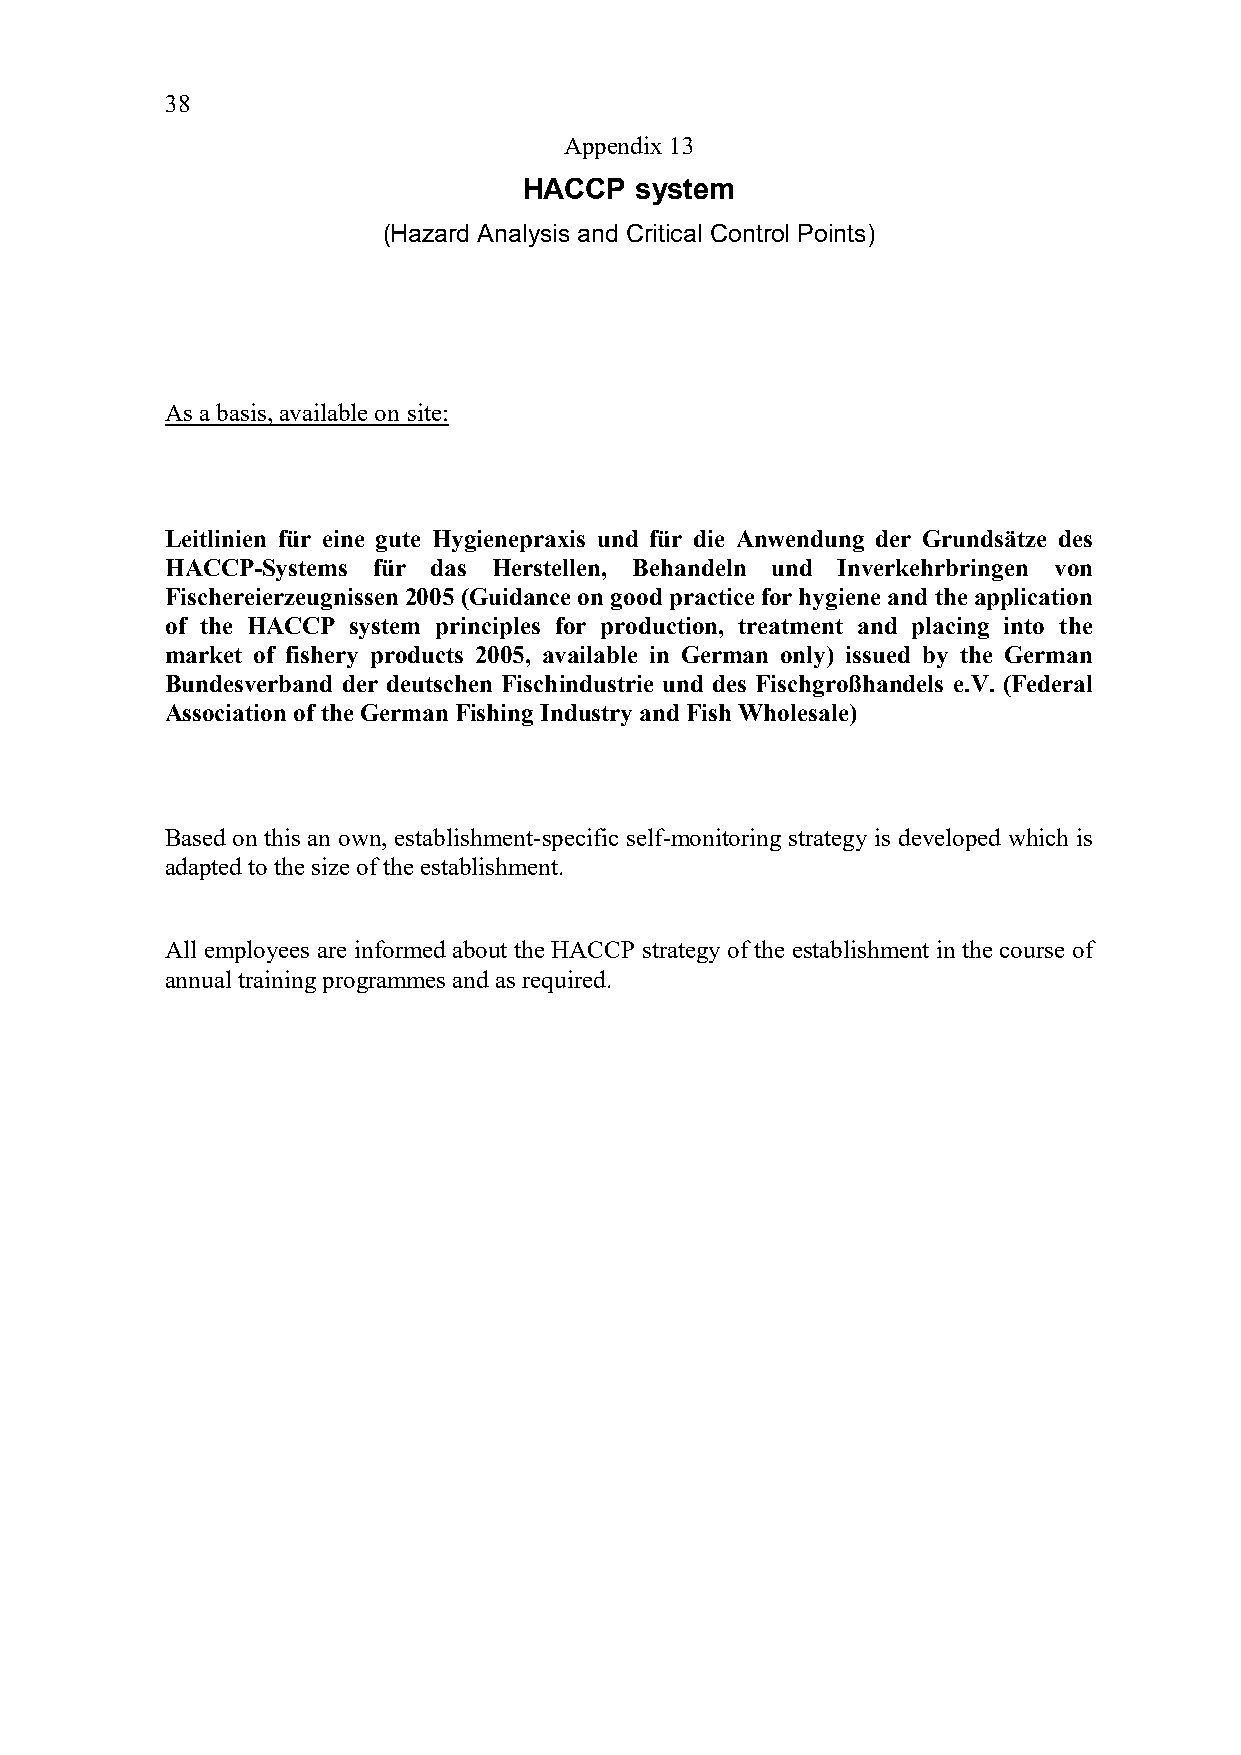
38
 Appendix 13
 HACCP  system
 (Hazard Analysis and Critical Control Points)
 As a basis, available on site:
 Leitlinien für eine gute Hygienepraxis und für die Anwendung der Grundsätze des
 HACCP-Systems für das Herstellen, Behandeln und Inverkehrbringen von
 Fischereierzeugnissen 2005 (Guidance on good practice for hygiene and the application
 of the HACCP system principles for production, treatment and placing into the
 market of fishery products 2005, available in German only) issued by the German
 Bundesverband der deutschen Fischindustrie und des Fischgroßhandels e.V. (Federal
 Association of the German Fishing Industry and Fish Wholesale)
 Based on this an own, establishment-specific self-monitoring strategy is developed which is
 adapted to the size of the establishment.
 All employees are informed about the HACCP strategy of the establishment in the course of
 annual training programmes and as required.